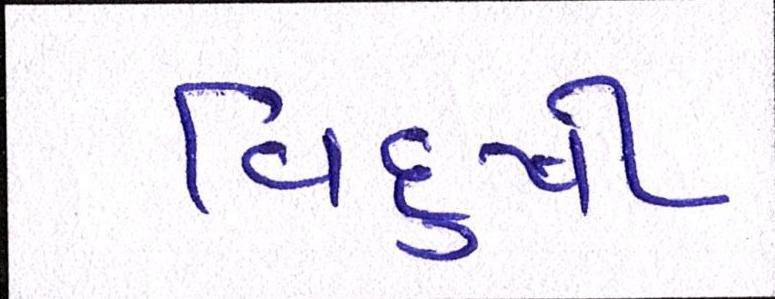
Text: વિદુષી